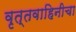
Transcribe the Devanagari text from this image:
वृत्तवाहिनीचा